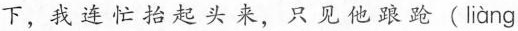
下，我连忙抬起头来，只见他踉跄( liàng